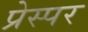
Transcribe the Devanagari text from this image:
प्रेस्पर